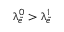
\uplambda _ { \tilde { e } } ^ { 0 } > \uplambda _ { \tilde { e } } ^ { 1 }